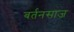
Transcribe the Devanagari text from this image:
बर्तनसाज